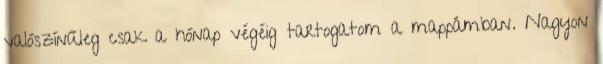
valószínűleg csak a hónap végéig tartogatom a mappámban. Nagyon